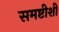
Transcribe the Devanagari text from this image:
समष्टीशी